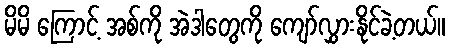
မိမိ ကြောင့် အစ်ကို အဲဒါတွေကို ကျော်လွှားနိုင်ခဲ့တယ်။